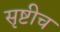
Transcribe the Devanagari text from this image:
सृष्टीच